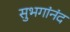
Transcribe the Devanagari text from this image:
सुभगांनंद